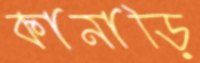
কানাড়ি